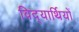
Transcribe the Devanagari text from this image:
विद्‍यार्थियों